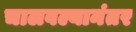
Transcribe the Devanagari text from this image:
चालवल्यानंतर